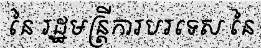
នៃ រដ្ឋមន្ត្រីការបរទេស នៃ